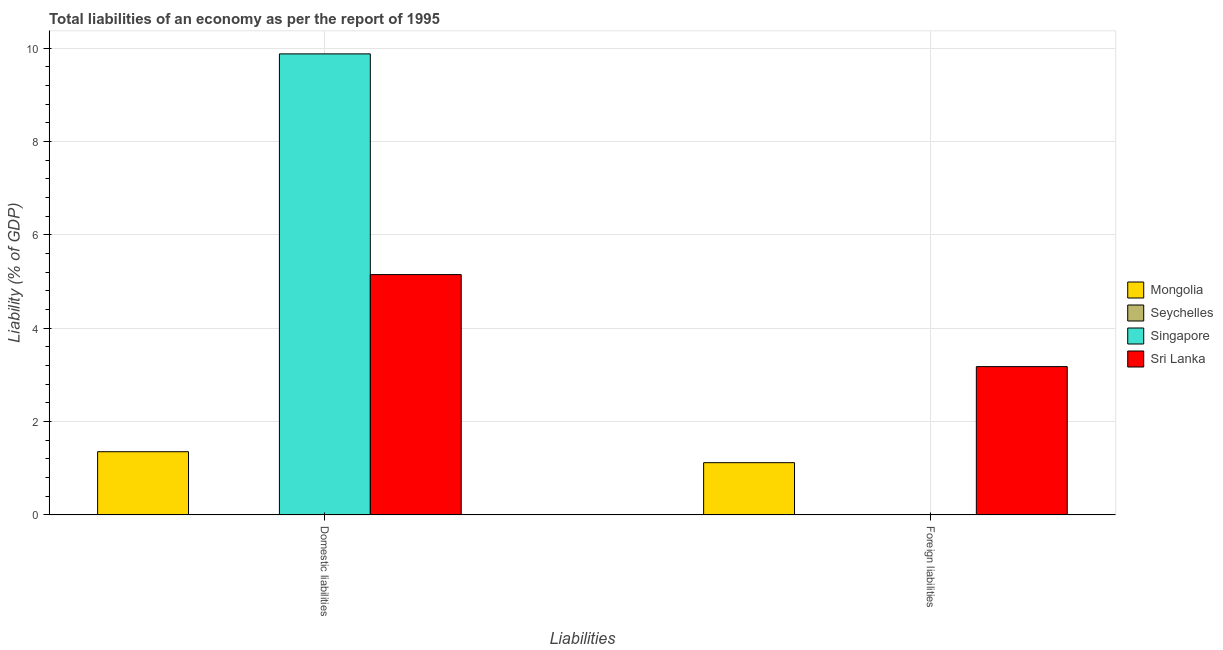
| Liabilities | Mongolia | Seychelles | Singapore | Sri Lanka |
 | --- | --- | --- | --- | --- |
 | Domestic liabilities | 1.35 | -3.4 | 9.88 | 5.15 |
 | Foreign liabilities | 1.12 | -1.85 | -0.00401 | 3.18 |